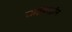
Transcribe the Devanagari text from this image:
साईबरट्राॅन